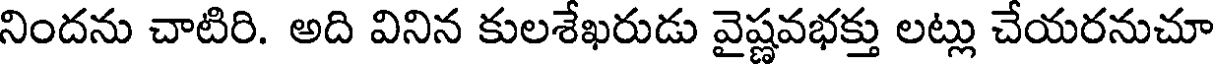
నిందను చాటిరి. అది వినిన కులశేఖరుడు వైష్ణవభక్తు లట్లు చేయరనుచూ